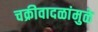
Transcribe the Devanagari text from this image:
चक्रीवादळांमुळे